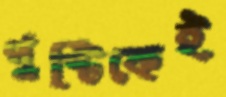
পুষ্টিকেই